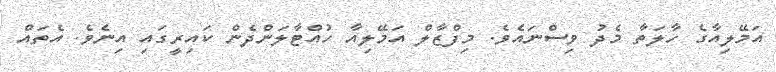
އަމޭލިއާގެ ހާލަތާ މެދު ވިސްނައެވެ. މިފްޒާލް އަމޭލިއާ ހުއްޓާލަންދެން ކައިރީގައި އިނެވެ. އެތައް